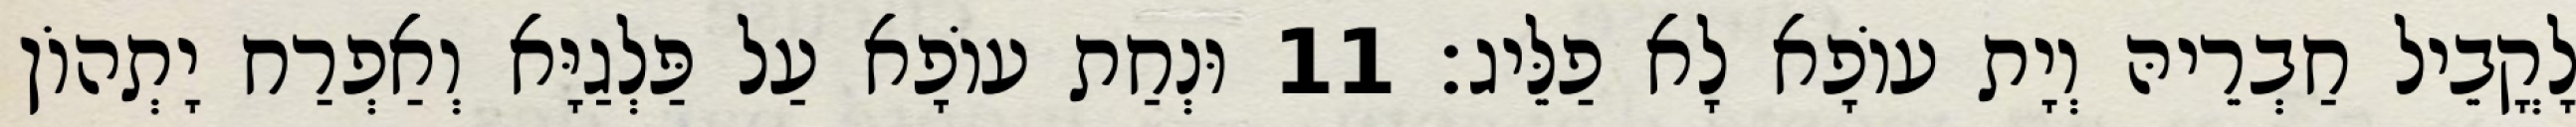
לָקֳבֵיל חַבְרֵיהּ וְיָת עוֹפָא לָא פַלֵּיג׃ 11 וּנְחַת עוֹפָא עַל פַּלְגַיָּא וְאַפְרַח יָתְהוֹן